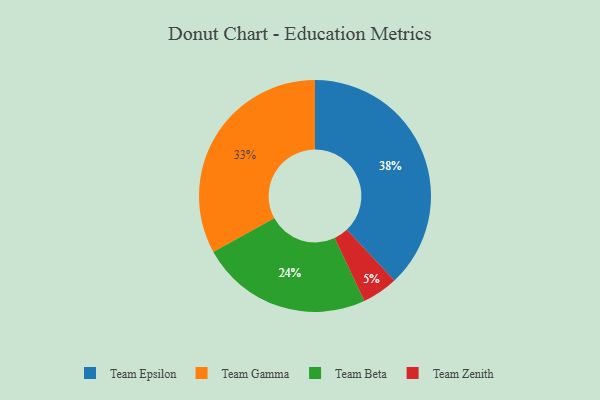
{"axis": {"x": "Category", "y": "Percentage"}, "legend": ["Team Beta", "Team Epsilon", "Team Gamma", "Team Zenith"], "data": [{"x": "Team Zenith", "y": 5, "type": "Team Zenith"}, {"x": "Team Gamma", "y": 33, "type": "Team Gamma"}, {"x": "Team Epsilon", "y": 38, "type": "Team Epsilon"}, {"x": "Team Beta", "y": 24, "type": "Team Beta"}]}